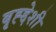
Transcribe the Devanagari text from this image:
बृह्द्देशी